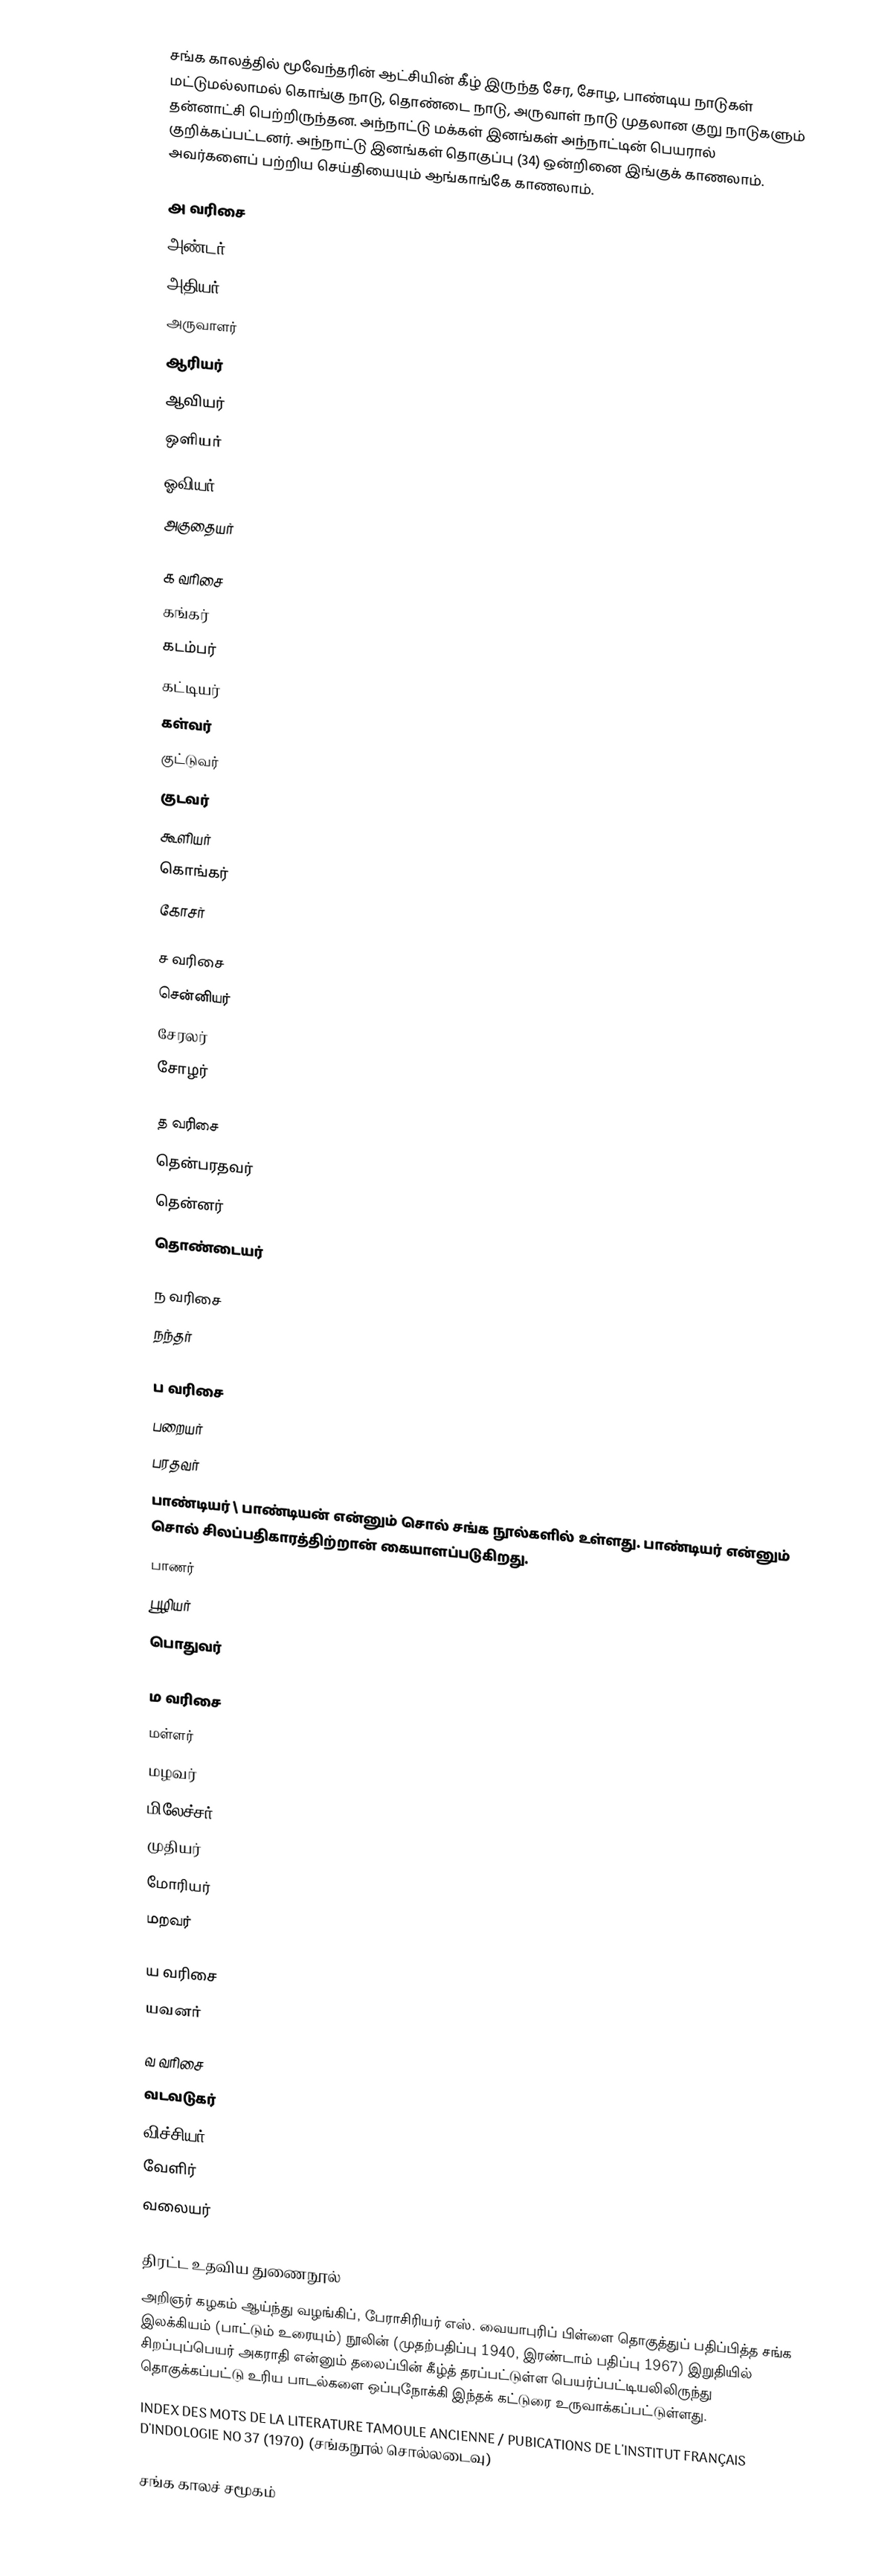
சங்க காலத்தில் மூவேந்தரின் ஆட்சியின் கீழ் இருந்த சேர, சோழ, பாண்டிய நாடுகள் மட்டுமல்லாமல் கொங்கு நாடு, தொண்டை நாடு, அருவாள் நாடு முதலான குறு நாடுகளும் தன்னாட்சி பெற்றிருந்தன. அந்நாட்டு மக்கள் இனங்கள் அந்நாட்டின் பெயரால் குறிக்கப்பட்டனர். அந்நாட்டு இனங்கள் தொகுப்பு (34) ஒன்றினை இங்குக் காணலாம். அவர்களைப் பற்றிய செய்தியையும் ஆங்காங்கே காணலாம்.

அ வரிசை
 அண்டர்
 அதியர்
 அருவாளர்
 ஆரியர்
 ஆவியர்
 ஒளியர்
 ஓவியர்
அகுதையர்

க வரிசை
 கங்கர்
 கடம்பர்
 கட்டியர்
 கள்வர்
 குட்டுவர்
 குடவர்
 கூளியர்
 கொங்கர்
 கோசர்

ச வரிசை
 சென்னியர்
 சேரலர்
 சோழர்

த வரிசை
 தென்பரதவர்
 தென்னர்
 தொண்டையர்

ந வரிசை
 நந்தர்

ப வரிசை
 பறையர்
 பரதவர்
 பாண்டியர் \ பாண்டியன் என்னும் சொல் சங்க நூல்களில் உள்ளது. பாண்டியர் என்னும் சொல் சிலப்பதிகாரத்திற்றான் கையாளப்படுகிறது.
 பாணர்
 பூழியர்
 பொதுவர்

ம வரிசை
 மள்ளர்
 மழவர்
 மிலேச்சர்
 முதியர்
 மோரியர்
மறவர்

ய வரிசை
 யவனர்

வ வரிசை
 வடவடுகர்
 விச்சியர்
 வேளிர்
வலையர்

திரட்ட உதவிய துணைநூல்
 அறிஞர் கழகம் ஆய்ந்து வழங்கிப், பேராசிரியர் எஸ். வையாபுரிப் பிள்ளை தொகுத்துப் பதிப்பித்த சங்க இலக்கியம் (பாட்டும் உரையும்) நூலின் (முதற்பதிப்பு 1940, இரண்டாம் பதிப்பு 1967) இறுதியில் சிறப்புப்பெயர் அகராதி என்னும் தலைப்பின் கீழ்த் தரப்பட்டுள்ள பெயர்ப்பட்டியலிலிருந்து தொகுக்கப்பட்டு உரிய பாடல்களை ஒப்புநோக்கி இந்தக் கட்டுரை உருவாக்கப்பட்டுள்ளது.
 INDEX DES MOTS DE LA LITERATURE TAMOULE ANCIENNE / PUBICATIONS DE L'INSTITUT FRANÇAIS D'INDOLOGIE NO 37 (1970) (சங்கநூல் சொல்லடைவு)

சங்க காலச் சமூகம்